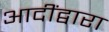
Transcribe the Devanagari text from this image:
आदींद्वारा